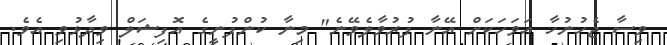
ވިސާ ޖެހުނުހާ އަވަހަކަށް އޭނާ ފުރުވާލެވޭނެ" މިނާ ކުންފުނީގެ އޮފިޝަލް ވިދާޅުވި އެވެ.